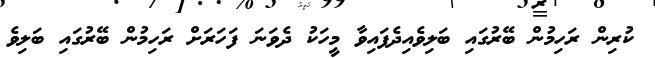
ކުރިން ރަހިމުން ބޭރުގައި ބަލިވެއިދެފައިވާ މީހަކު ދެވަނަ ފަހަރަށް ރަހިމުން ބޭރުގައި ބަލިވެ